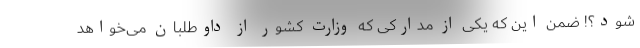
شود؟! ضمن این که یکی از مدارکی که وزارت کشور از داوطلبان می‌خواهد